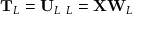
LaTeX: \mathbf { T } _ { L } = \mathbf { U } _ { L } \mathbf { \Sigma } _ { L } = \mathbf { X } \mathbf { W } _ { L }